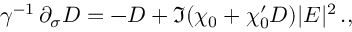
\gamma ^ { - 1 } \, \partial _ { \sigma } D = - D + \Im { \left( \chi _ { 0 } + \chi _ { 0 } ^ { \prime } D \right) } | E | ^ { 2 } \, . ,